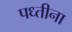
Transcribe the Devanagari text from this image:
पध्तीना